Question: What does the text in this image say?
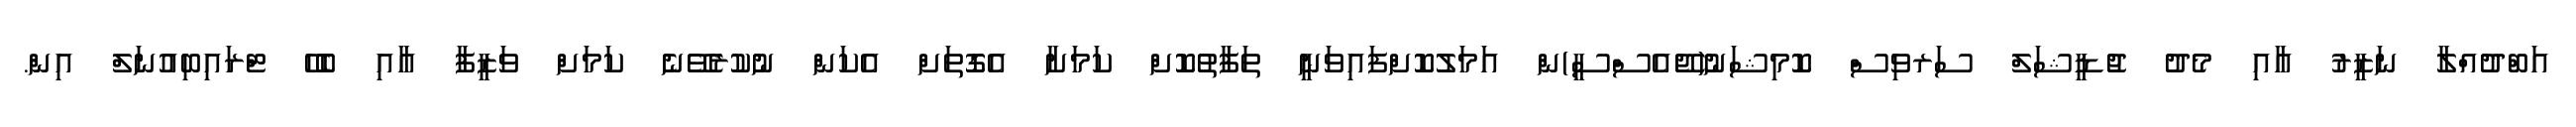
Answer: އަބްދުއްލާ ނަޒީރު އާއި މެދު ޖުޑީޝަލް ސަރވިސް ކޮމިޝަނު(ޖޭއެސްސީ)ން އަމަލުކޮށްފައިވަނީ ތަފާތުކޮށް ކަމަށާ އެގޮތަށް އެކަން ނުކުރެވޭނެ ކަމަށް ވަޒީފާ އާއި ބެހޭ ޓްރައިބިއުނަލް އިން.